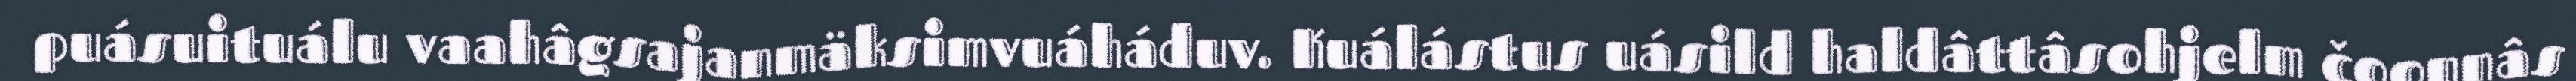
puásuituálu vaahâgsajanmäksimvuáháduv. Kuálástus uásild haldâttâsohjelm čoonnâs